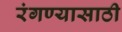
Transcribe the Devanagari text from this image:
रंगण्यासाठी